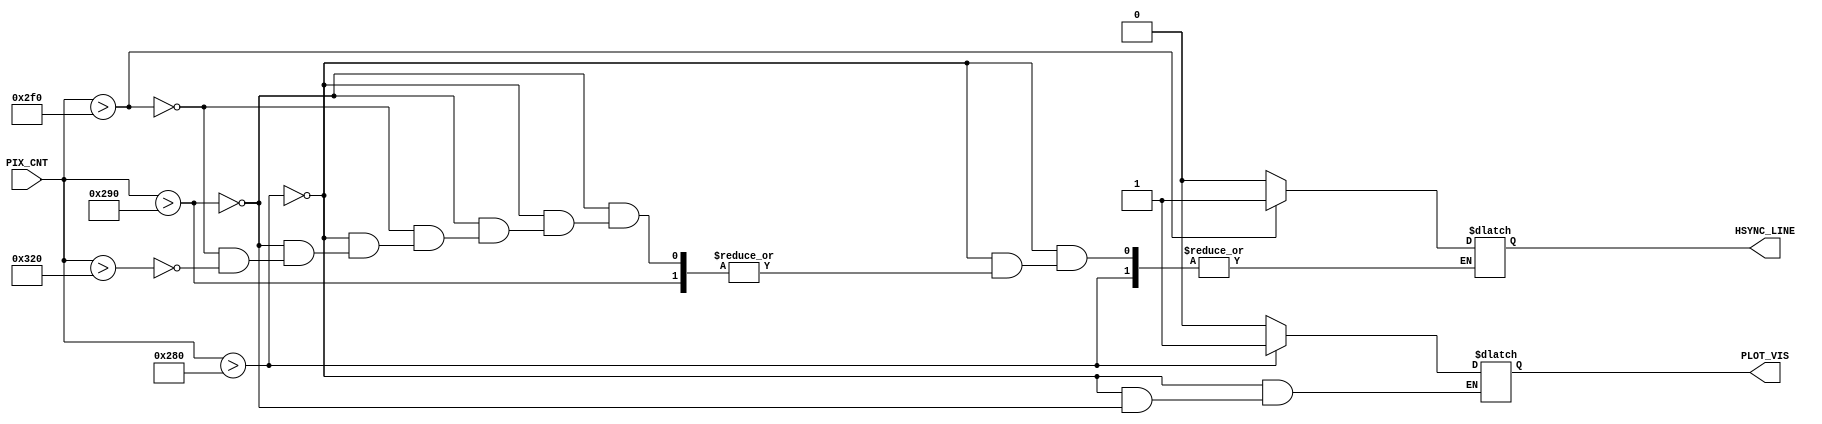
`timescale 1ns / 1ps
//////////////////////////////////////////////////////////////////////////////////
// Company: 
// Engineer: 
// 
// Design Name: 
// Module Name: Hsync
// Project Name: 
// Target Devices: 
// Tool Versions: 
// Description: 
// 
// Dependencies: 
// 
// Revision:
// Revision 0.01 - File Created
// Additional Comments:
// 
//////////////////////////////////////////////////////////////////////////////////


module Hsync(
    input PIX_CNT,
    output reg PLOT_VIS,
    output reg HSYNC_LINE
    );
    
    always @(PIX_CNT) begin
        if(PIX_CNT > 640)begin // VISIBLE AREA
            PLOT_VIS = 1;
        end else if (PIX_CNT > 640 + 16)begin // FRONT PORCH
            PLOT_VIS = 0;
        end else if (PIX_CNT > 640 + 16 + 96)begin // SYNC PULSE
            HSYNC_LINE = 1;
        end else if (PIX_CNT > 640 + 16 + 96 + 48)begin // BACK PORCH
            HSYNC_LINE = 0;
        
        end
    end
    
endmodule